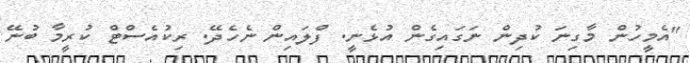
"އެމީހުން މާގިނަ ކުދިން ނަގައިގެން އުޅެނީ. ފްލައިން ނެހެދޭ. ރިކުއެސްޓް ކުރީމާ ބުނޭ